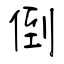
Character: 倒